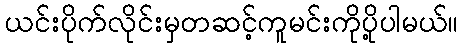
ယင်းပိုက်လိုင်းမှတဆင့်ကူမင်းကိုပို့ပါမယ်။